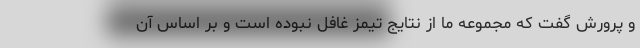
و پرورش گفت که مجموعه ما از نتایج تیمز غافل نبوده است و بر اساس آن